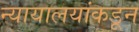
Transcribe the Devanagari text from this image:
न्यायालयांकडून